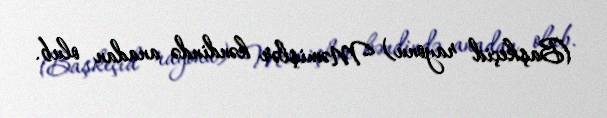
(Başkeçid rayonu) Məmişlər kəndində anadan olub.